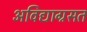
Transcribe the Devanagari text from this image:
अविद्याग्रसत